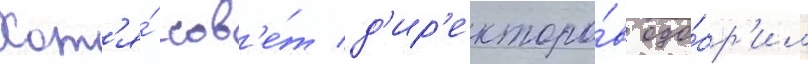
Хот'я́ сов'е́т д'ир'екторо́в одо́бр'ил